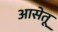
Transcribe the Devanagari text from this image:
आसेतू